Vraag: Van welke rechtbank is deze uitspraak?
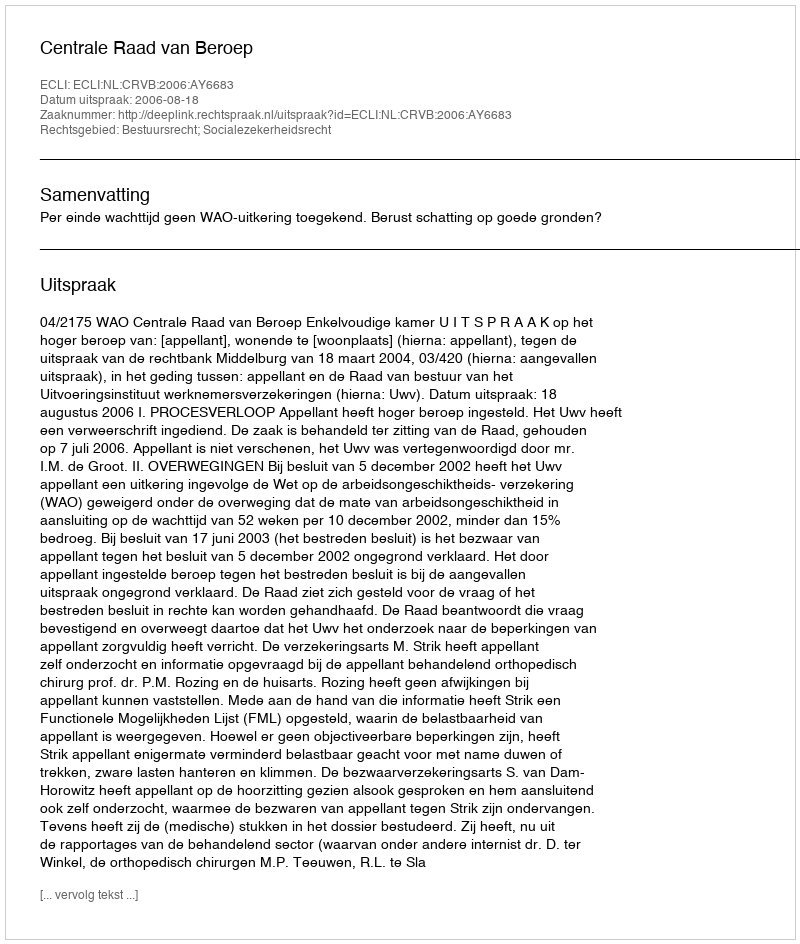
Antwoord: Centrale Raad van Beroep